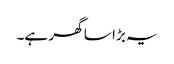
یہ بڑا سا گھر ہے۔